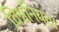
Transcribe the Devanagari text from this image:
विश्वनियंता